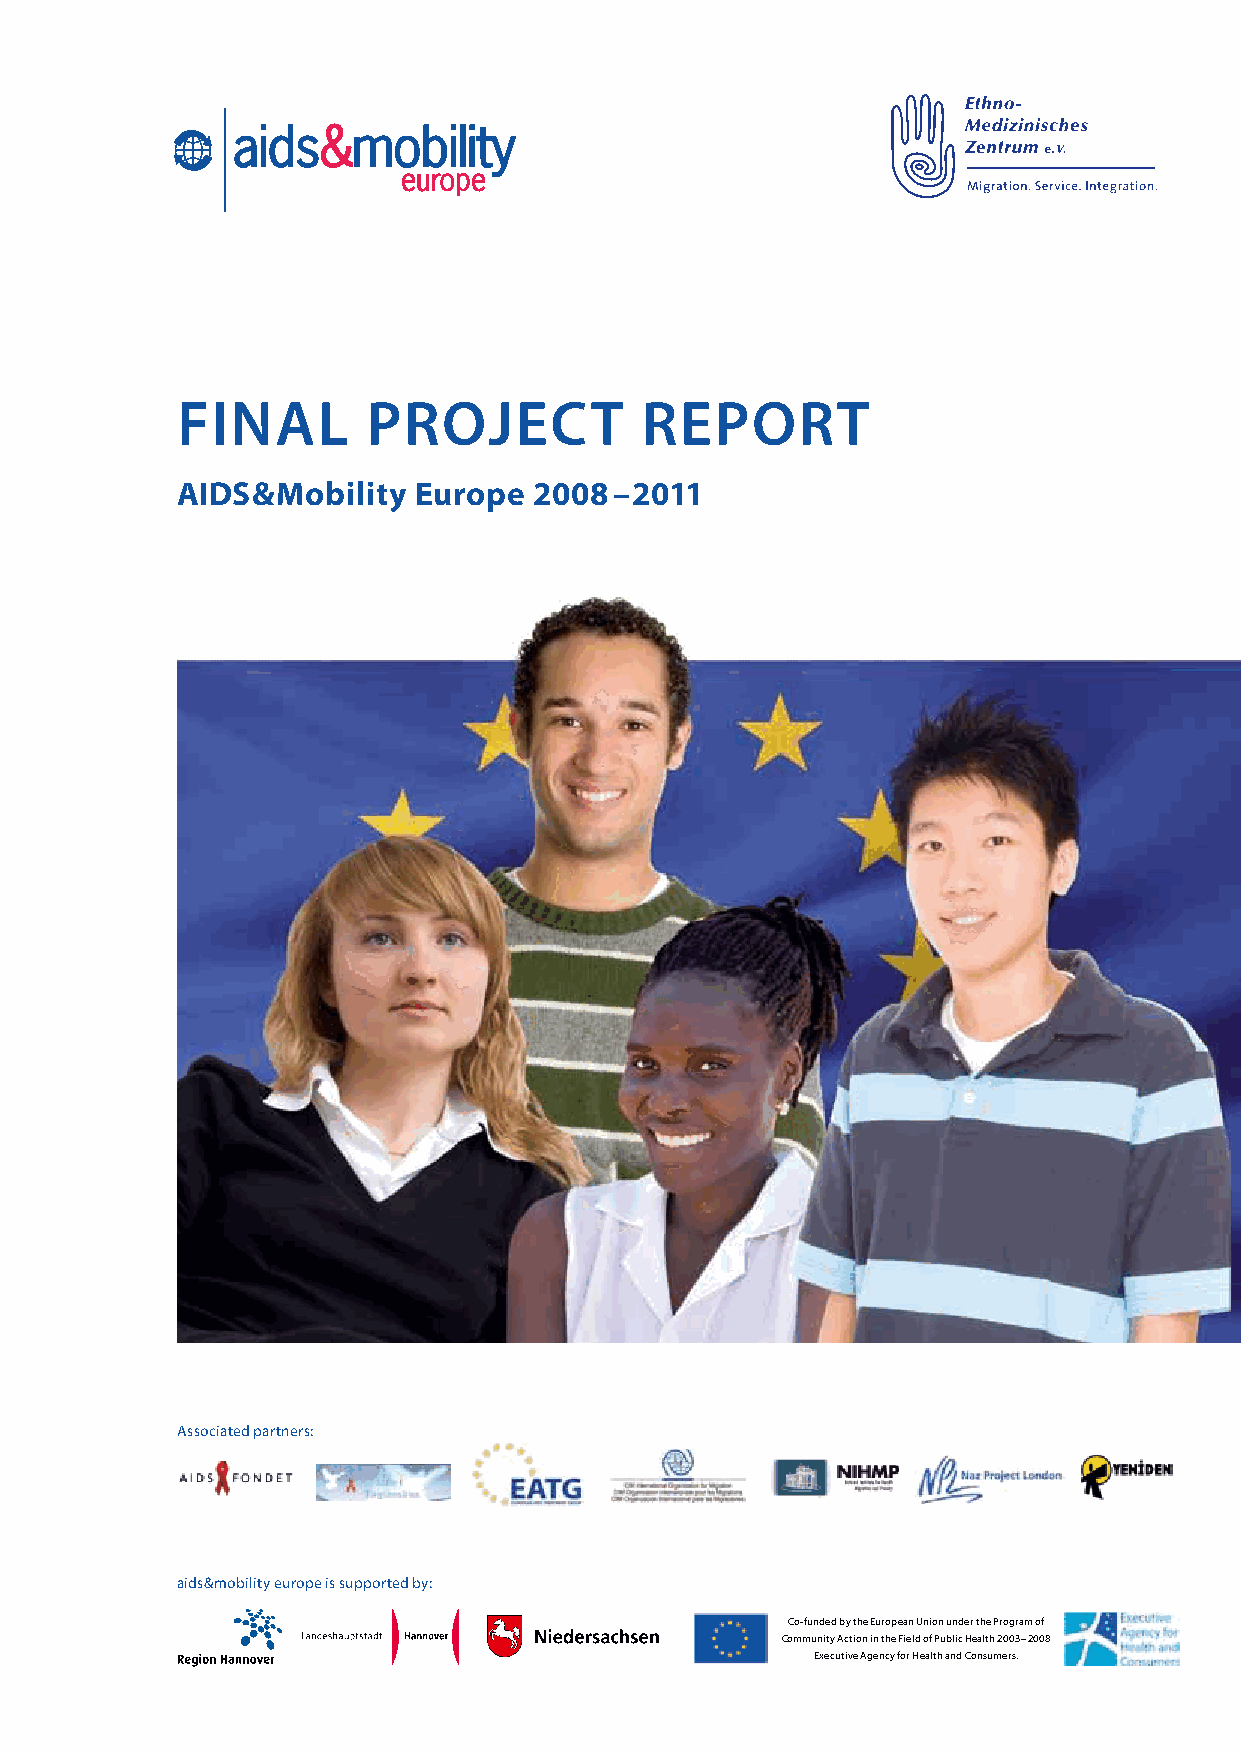
Final       Project           rePort
 AIDS&Mobility  Europe  2008–2011
 Associated partners:
 aids&mobility europe is supported by:
 Co-funded by the European Union under the Program of
 Community Action in the Field of Public Health 2003 – 2008
 Executive Agency for Health and Consumers.